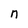
Character: n